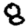
Digit: 8